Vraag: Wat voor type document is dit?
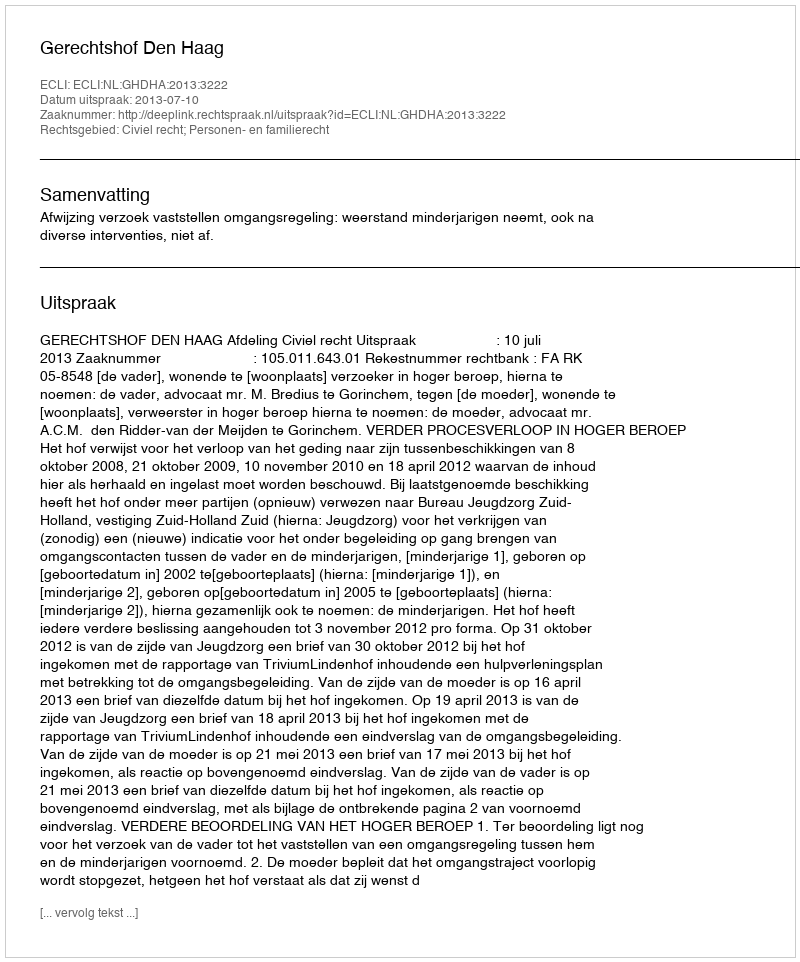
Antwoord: Uitspraak